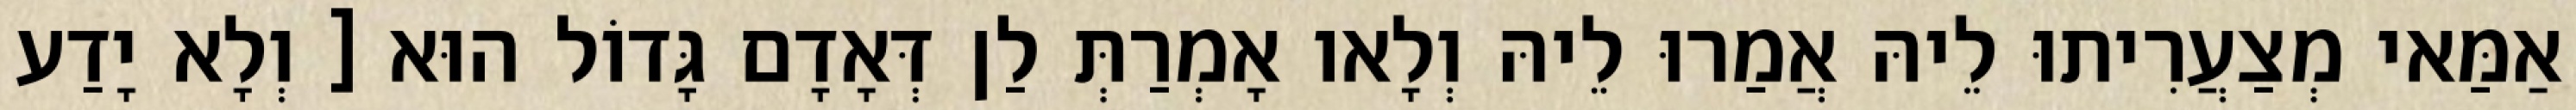
אַמַּאי מְצַעֲרִיתוּ לֵיהּ אֲמַרוּ לֵיהּ וְלָאו אָמְרַתְּ לַן דְּאָדָם גָּדוֹל הוּא [ וְלָא יָדַע